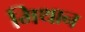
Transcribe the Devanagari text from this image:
मिथान